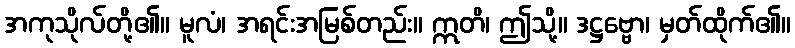
အကုသိုလ်တို့၏။ မူလံ၊ အရင်းအမြစ်တည်း။ ဣတိ၊ ဤသို့။ ဒဋ္ဌဗ္ဗော၊ မှတ်ထိုက်၏။